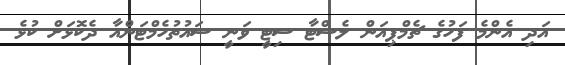
އަދި އެންމެ ފަހުގެ ޗެމްޕިއަން ލެސްޓާ ސިޓީ ވަނީ ސައުތުހެމްޓަންއާ ދެކޮޅަށް ކުޅެ